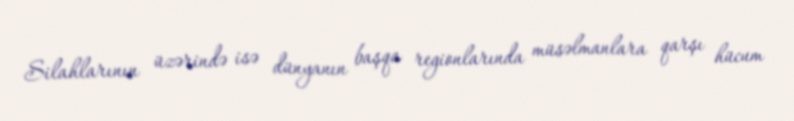
Silahlarının üzərində isə dünyanın başqa regionlarında müsəlmanlara qarşı hücum